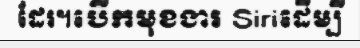
ដែរ។បើកមុខងារ Siriដើម្បី